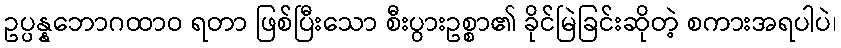
ဥပ္ပန္နဘောဂထာဝ ရတာ ဖြစ်ပြီးသော စီးပွားဥစ္စာ၏ ခိုင်မြဲခြင်းဆိုတဲ့ စကားအရပါပဲ၊